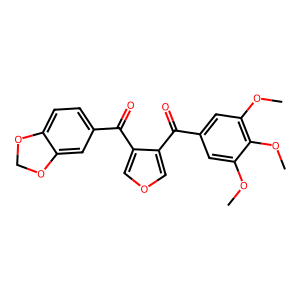
SMILES: COc1cc(C(=O)c2cocc2C(=O)c2ccc3c(c2)OCO3)cc(OC)c1OC
Inhibits HIV replication: No